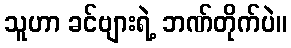
သူဟာ ခင်ဗျားရဲ့ ဘဏ်တိုက်ပဲ။